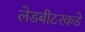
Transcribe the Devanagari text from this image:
लेडबीटरकडे